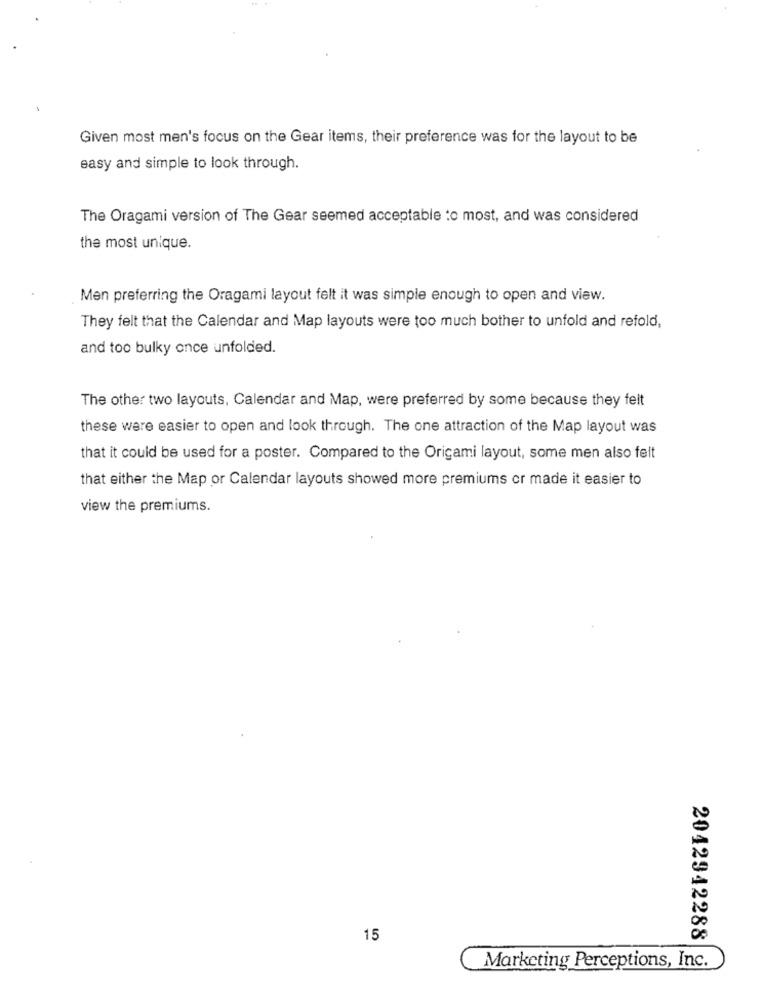
Given most men's focus on the Gear items, their preference was for the layout to be
easy and simple to look through.
The Oragami version of The Gear seemed acceptable to most, and was considered
the most unique.
Men preferring the Oragami layout felt it was simple enough to open and view.
They felt that the Calendar and Map layouts were too much bother to unfold and refold,
and too bulky once unfolded.
The other two layouts, Calendar and Map, were preferred by some because they felt
these were easier to open and look through. The one attraction of the Map layout was
that it could be used for a poster. Compared to the Origami layout, some men also felt
that either the Map or Calendar layouts showed more premiums or made it easier to
view the premiums.
15
2042942288
Marketing Perceptions, Inc.